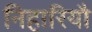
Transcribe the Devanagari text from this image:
निहारियौ